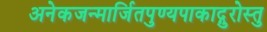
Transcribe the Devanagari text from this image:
अनेकजन्मार्जितपुण्यपाकाद्गुरोस्तु